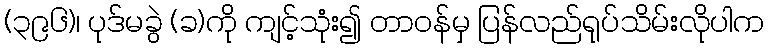
(၃၉၆)၊ ပုဒ်မခွဲ (ခ)ကို ကျင့်သုံး၍ တာဝန်မှ ပြန်လည်ရုပ်သိမ်းလိုပါက